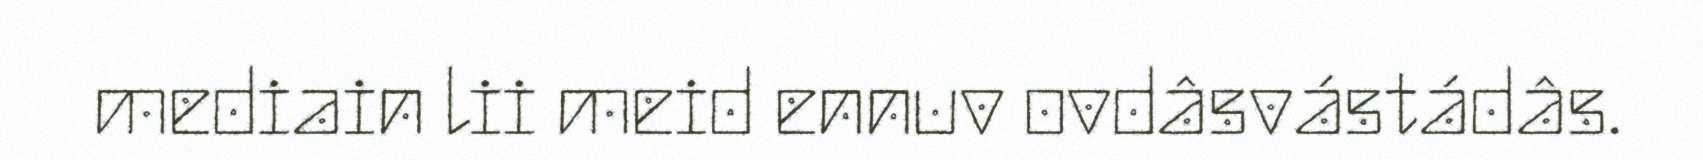
mediain lii meid ennuv ovdâsvástádâs.